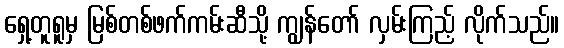
ရှေ့တူရူမှ မြစ်တစ်ဖက်ကမ်းဆီသို့ ကျွန်တော် လှမ်းကြည့် လိုက်သည်။